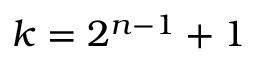
k = 2 ^ { n - 1 } + 1